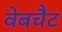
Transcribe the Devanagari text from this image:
वेबचैट